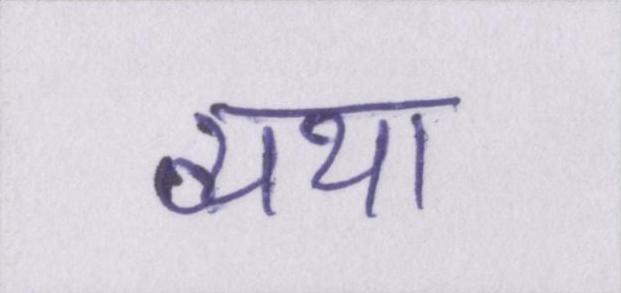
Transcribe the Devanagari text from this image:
व्यथा